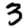
Digit: 3